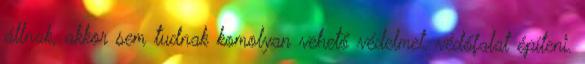
állnak, akkor sem tudnak komolyan vehető védelmet, védőfalat építeni.